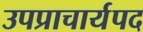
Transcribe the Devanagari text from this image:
उपप्राचार्यपद